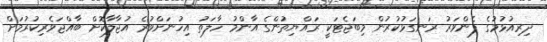
ދިރިއުޅުމުގެ ފެންވަރު ރަނގަޅުކުރުން މިބަޖެޓަކީ ރައްޔިތުންގެ އާންމު ހާލަތު އިހުނަށްވުރެ އުޖާލާކޮށް ބާއްޖަވެރިކުރުމަށް